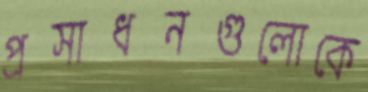
প্রসাধনগুলোকে